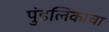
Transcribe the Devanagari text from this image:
पुंडलिकाचा